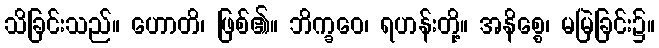
သိခြင်းသည်။ ဟောတိ၊ ဖြစ်၏။ ဘိက္ခဝေ၊ ရဟန်းတို့။ အနိစ္စေ၊ မမြဲခြင်း၌။